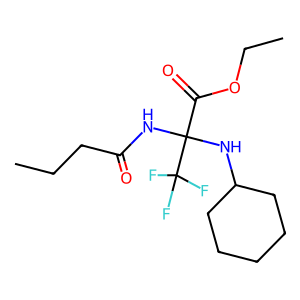
SMILES: CCCC(=O)NC(NC1CCCCC1)(C(=O)OCC)C(F)(F)F
Inhibits HIV replication: No